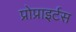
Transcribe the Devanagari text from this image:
प्रोप्राइर्टस